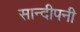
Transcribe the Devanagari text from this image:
सान्दीपनी